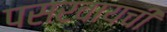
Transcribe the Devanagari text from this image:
पसरवायची